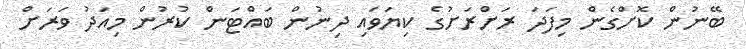
ބޭނުން ކޮށްގެން މިފަދަ ރަށްރަށުގެ ކިޔަވައި ދިނުން ބައްޓަން ކުރުން މިއަދު ވަރަށް